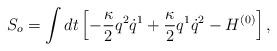
LaTeX: \begin{align*}S_o = \int dt \left[ - \frac{\kappa}{2} q^2 \dot{q}^1 + \frac{\kappa}{2} q^1 \dot{q}^2 - H^{(0)} \right],\end{align*}